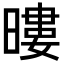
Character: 𭧖